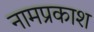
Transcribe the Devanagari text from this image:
नामप्रकाश